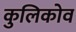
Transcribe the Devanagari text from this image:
कुलिकोव